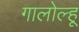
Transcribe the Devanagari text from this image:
गालोल्हू